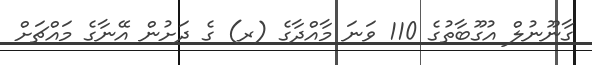
ގާނޫނުލް އުގޫބާތުގެ 110 ވަނަ މާއްދާގެ (ރ) ގެ ދަށުން އޭނާގެ މައްޗަށް